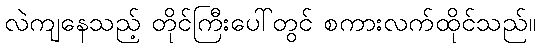
လဲကျနေသည့် တိုင်ကြီးပေါ်တွင် စကားလက်ထိုင်သည်။